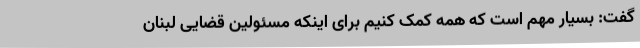
گفت: بسیار مهم است که همه کمک کنیم برای اینکه مسئولین قضایی لبنان